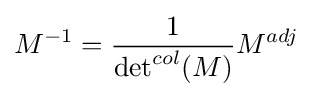
M^{-1}={\frac {1}{{\det }^{col}(M)}}M^{adj}